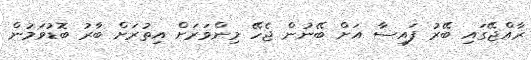
ރާއްޖޭގައި ބޭރު ފައިސާ އަށް ބޭނުން ޖެހޭ މިންވަރަށް އިތުރަށް ބާރު ބޮޑުވަމުން